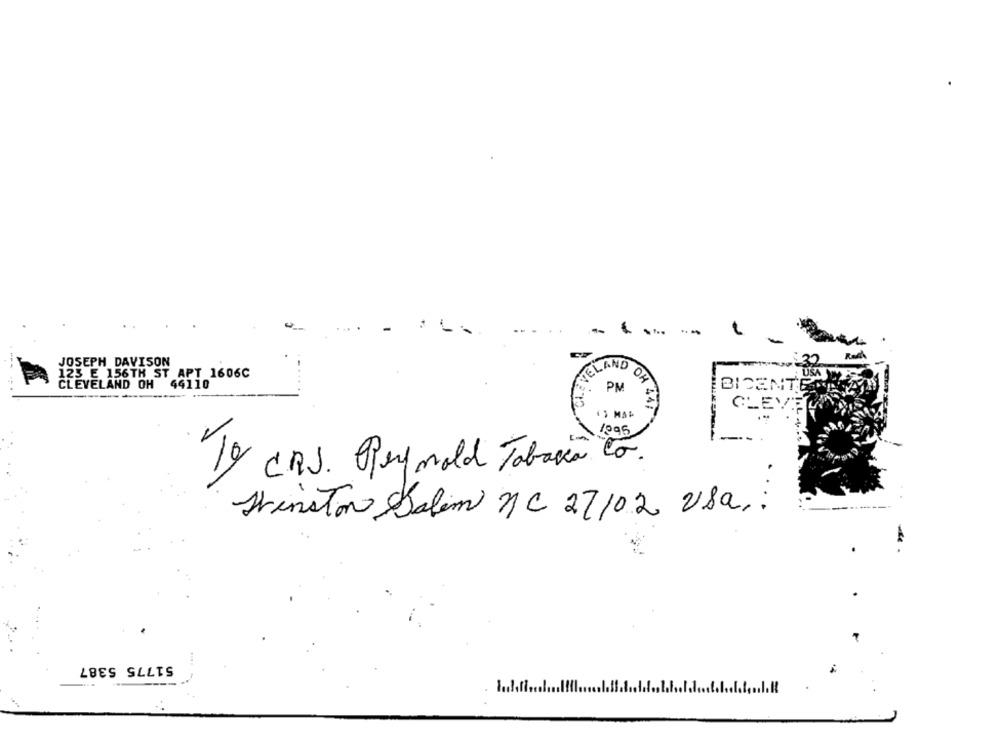
JOSEPH DAVISON
123 E 156TH ST APT 1606C
JELAND OF
CLEVELAND OH 44110
BICENT
PM
CLEVER
TY CRS. Pey mold Tabacca to.
Winston Salem NC 27/02 Usa:
51775 5387